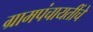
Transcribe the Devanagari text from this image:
ग्रामपंचायतींचे